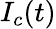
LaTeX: I_{c}(t)